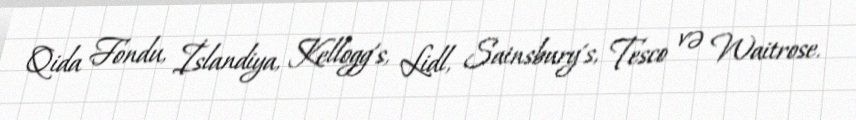
Qida Fondu, İslandiya, Kellogg's, Lidl, Sainsbury's, Tesco və Waitrose.